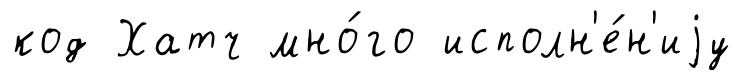
код Хатч мно́го исполн'е́н'иjу